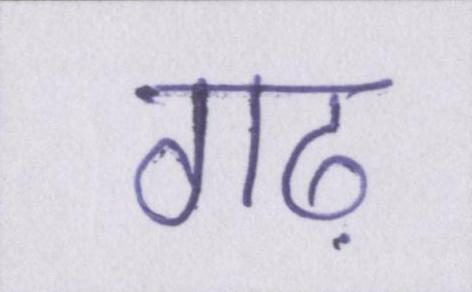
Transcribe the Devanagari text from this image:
गढ़